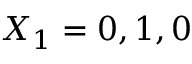
X _ { 1 } = 0 , 1 , 0